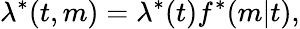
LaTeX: \lambda^{*}(t,m)=\lambda^{*}(t)f^{*}(m|t),